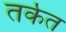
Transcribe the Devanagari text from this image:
तर्कत